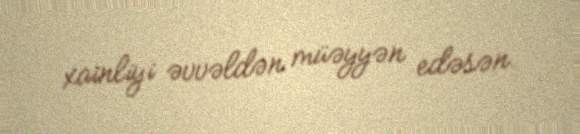
xainliyi əvvəldən müəyyən edəsən.